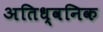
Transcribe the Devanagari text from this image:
अतिध्वनिक